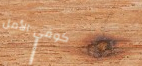
كوفي الأمل